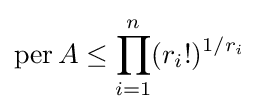
\operatorname {per} A\leq \prod _{i=1}^{n}(r_{i}!)^{1/r_{i}}